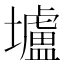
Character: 壚